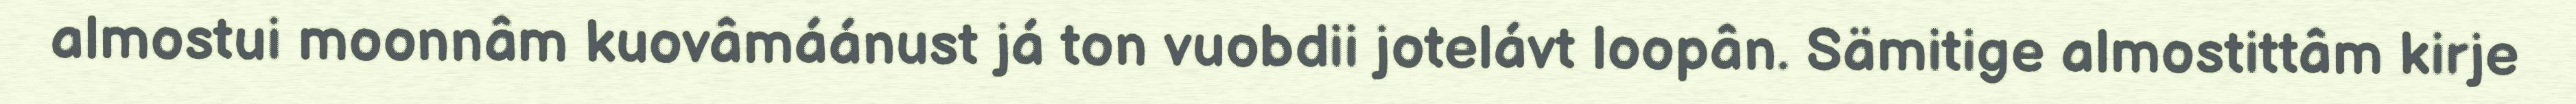
almostui moonnâm kuovâmáánust já ton vuobdii jotelávt loopân. Sämitige almostittâm kirje